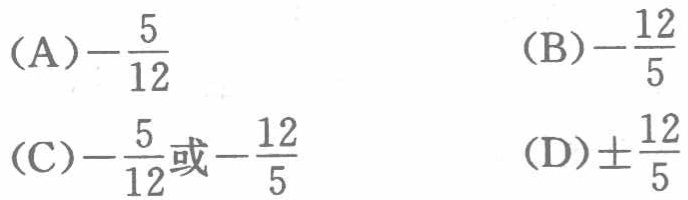
(A)$-\frac{5}{12}$  (B)$-\frac{12}{5}$
(C)$-\frac{5}{12}或-\frac{12}{5}$  (D)$\pm\frac{12}{5}$